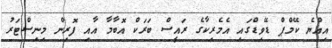
އިއްޔެ ކޭމްޕް ޑޭވިޑްގައި އެމެރިކާގެ ރައީސް ބަރަކް އޮބާމާ އާއި ފޮރިން މިނިސްޓަރު